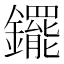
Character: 䥯